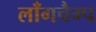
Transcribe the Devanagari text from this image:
लॉंगचैम्प